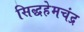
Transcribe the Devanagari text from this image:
सिद्धहेमचंद्र